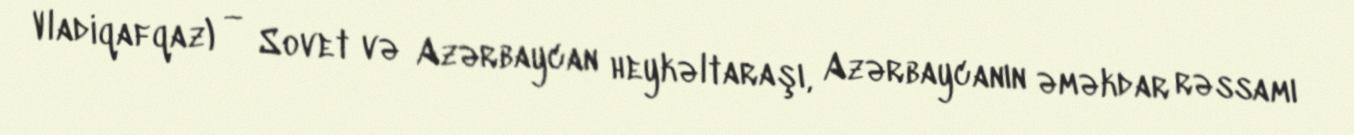
Vladiqafqaz) — Sovet və Azərbaycan heykəltaraşı, Azərbaycanın əməkdar rəssamı